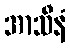
အာသီနံ